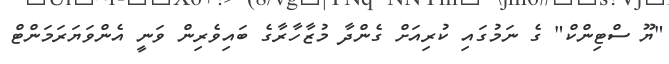
"ޔޫ ސްޓިންކް" ގެ ނަމުގައި ކުރިއަށް ގެންދާ މުޒާހާރާގެ ބައިވެރިން ވަނީ އެންވަޔަރަމަންޓް